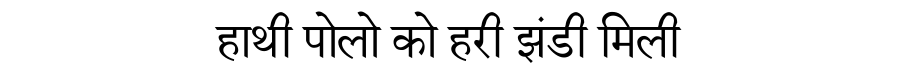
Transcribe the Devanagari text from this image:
हाथी पोलो को हरी झंडी मिली